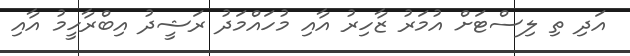
އަދި ތި ލިސްޓަށް އުމަރު ޒާހިރު އާއި މުހައްމަދު ރަޝީދު އިބްރާހީމު އާއި